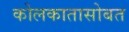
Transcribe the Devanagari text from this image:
कोलकातासोबत